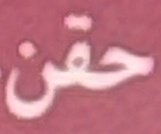
حقن